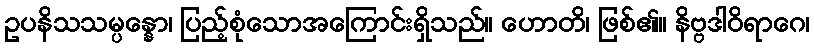
ဥပနိသသမ္ပန္နော၊ ပြည့်စုံသောအကြောင်းရှိသည်။ ဟောတိ၊ ဖြစ်၏။ နိဗ္ဗဒါဝိရာဂေ၊